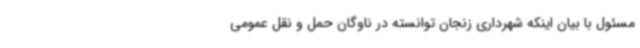
مسئول با بیان اینکه شهرداری زنجان توانسته در ناوگان حمل و نقل عمومی